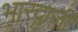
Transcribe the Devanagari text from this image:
भारद्वाजी